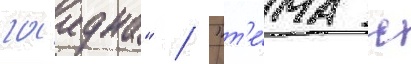
гаидна" / "т'е́ма с